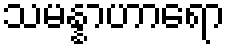
သမန္နာဟာရော